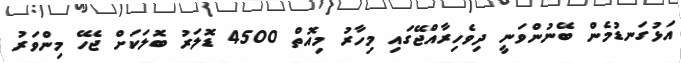
އަޅުގަނޑުމެން ބޭނުންވަނީ ދިވެހިރާއްޖޭގައި މިހާރު މިއޮތް 4500 ޑޮލަރު ބޮލަކަށް ޖެހޭ މިންވަރު